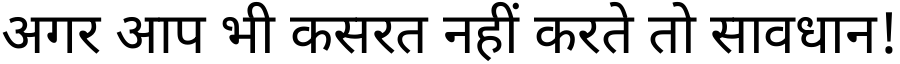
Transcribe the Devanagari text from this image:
अगर आप भी कसरत नहीं करते तो सावधान!